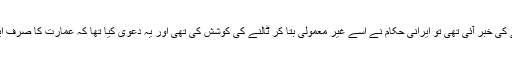
” حالانکہ ابتدا میں جب آک لگنے کی خبر آئی تھی تو ایرانی حکام نے اسے غیر معمولی بتا کر ٹالنے کی کوشش کی تھی اور یہ دعوی کیا تھا کہ عمارت کا صرف ایک چھوٹاحصہ ہی متاثر ہوا ہے۔